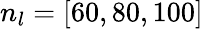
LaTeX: n_{l}=[60,80,100]